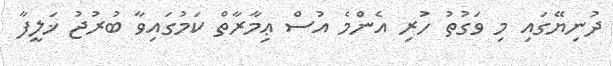
ދުނިޔޭގައި މި ވަގުތު ހުރި އެންމެ އުސް ޢިމާރާތް ކަމުގައިވާ ބުރުޖު ޚަލީފާ